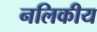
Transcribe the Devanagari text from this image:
नलिकीय